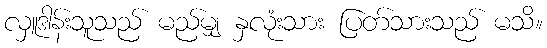
လှူဒါန်းသူသည် မည်မျှ နှလုံးသား ပြတ်သားသည် မသိ။